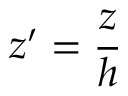
z ^ { \prime } = \frac { z } { h }